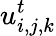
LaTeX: u_{i,j,k}^{t}